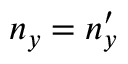
n _ { y } = n _ { y } ^ { \prime }